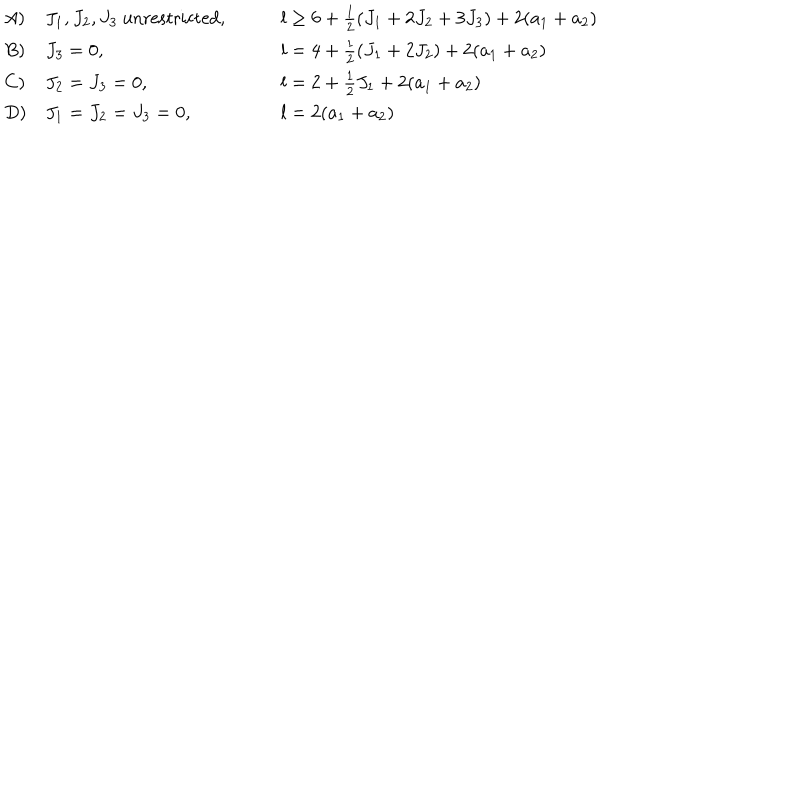
\begin{array} { l l l } { { A ) } } & { { J _ { 1 } , J _ { 2 } , J _ { 3 } \mathrm { ~ u n r e s t r i c t e d , } \qquad } } & { { l \geq 6 + \frac { 1 } { 2 } ( J _ { 1 } + 2 J _ { 2 } + 3 J _ { 3 } ) + 2 ( a _ { 1 } + a _ { 2 } ) } } \\ { { B ) } } & { { J _ { 3 } = 0 , \qquad } } & { { l = 4 + \frac { 1 } { 2 } ( J _ { 1 } + 2 J _ { 2 } ) + 2 ( a _ { 1 } + a _ { 2 } ) } } \\ { { C ) } } & { { J _ { 2 } = J _ { 3 } = 0 , \qquad } } & { { l = 2 + \frac { 1 } { 2 } J _ { 1 } + 2 ( a _ { 1 } + a _ { 2 } ) } } \\ { { D ) } } & { { J _ { 1 } = J _ { 2 } = J _ { 3 } = 0 , \qquad } } & { { l = 2 ( a _ { 1 } + a _ { 2 } ) } } \\ \end{array}